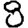
Digit: 8